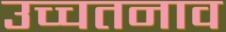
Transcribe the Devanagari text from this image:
उच्चतनाव